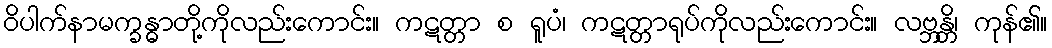
ဝိပါက်နာမက္ခန္ဓာတို့ကိုလည်းကောင်း။ ကဋတ္တာ စ ရူပံ၊ ကဋတ္တာရုပ်ကိုလည်းကောင်း။ လဗ္ဘန္တိ၊ ကုန်၏။